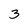
Character: 3